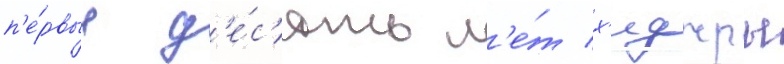
п'е́рвые д'е́с'ять л'е́т х'иджры